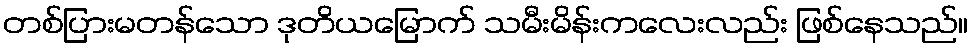
တစ်ပြားမတန်သော ဒုတိယမြောက် သမီးမိန်းကလေးလည်း ဖြစ်နေသည်။